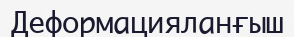
Деформацияланғыш